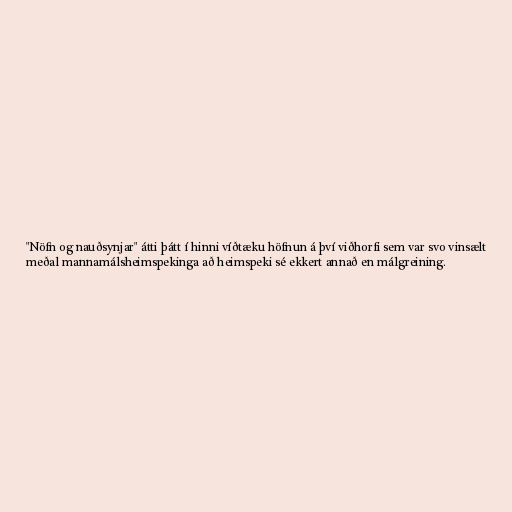
"Nöfn og nauðsynjar" átti þátt í hinni víðtæku höfnun á því viðhorfi sem var svo vinsælt
meðal mannamálsheimspekinga að heimspeki sé ekkert annað en málgreining.